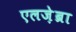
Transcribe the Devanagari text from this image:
एलज़ेब्रा